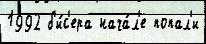
1992 б'и́с'ера нача́л'е попал'и